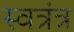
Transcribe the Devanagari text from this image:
स्वत्रंत्र